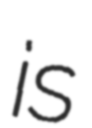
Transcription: is